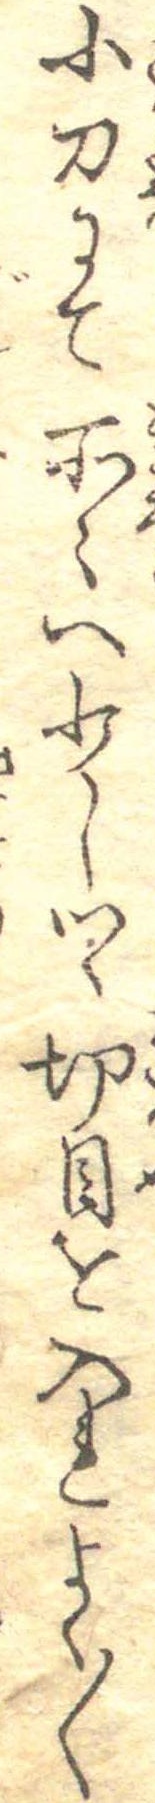
小刀にて所々へ少しつゝ切目を入れよく〱